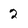
Character: 2